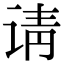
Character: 请